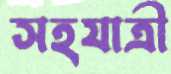
সহযাত্রী